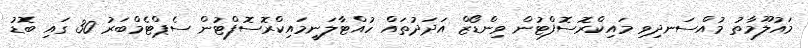
މައުލޫމާތު މުއްސަނދިވި މައިކްރޮސޮފްޓުން ވިންޑޯޒް އަދަދުތައް ހުއްޓާލަނީމައިކްރޮސޮފްޓުން ސެޕްޓެމްބަރު 30 ގައި ބޮޑު